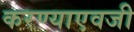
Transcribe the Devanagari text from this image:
करण्याएवजी